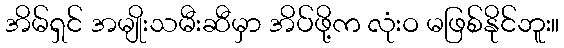
အိမ်ရှင် အမျိုးသမီးဆီမှာ အိပ်ဖို့က လုံးဝ မဖြစ်နိုင်ဘူး။